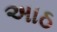
અાઠ